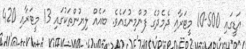
އަޑީގައި 500-10 މީޓަރާއި ދެމެދުގެ ފުންމިނުގައެވެ. ބައެއް ލިޔުންތަކުގައި 13 މީޓަރާއި 420